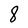
Character: 8